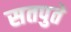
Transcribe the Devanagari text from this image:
सतपुते